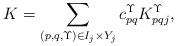
LaTeX: \begin{align*}K=\sum_{(p,q,\Upsilon) \in I_j \times Y_j} c^\Upsilon_{pq} K^\Upsilon_{pqj},\end{align*}